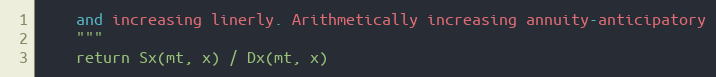
Language: Python
    and increasing linerly. Arithmetically increasing annuity-anticipatory
    """
    return Sx(mt, x) / Dx(mt, x)